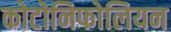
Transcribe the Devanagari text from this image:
कोटोनिफोलियन